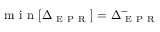
\mathrm { ~ m ~ i ~ n ~ } [ \Delta _ { \mathrm { ~ E ~ P ~ R ~ } } ] = \Delta _ { \mathrm { ~ E ~ P ~ R ~ } } ^ { - }